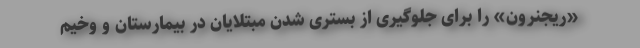
«ریجنرون» را برای جلوگیری از بستری شدن مبتلایان در بیمارستان و وخیم